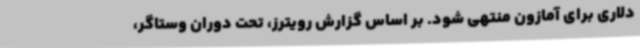
دلاری برای آمازون منتهی شود. بر اساس گزارش رویترز، تحت دوران وستاگر،